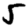
Digit: 5